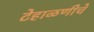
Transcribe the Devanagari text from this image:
टेहाळणीचे